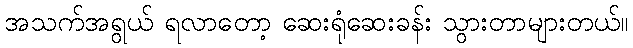
အသက်အရွယ် ရလာတော့ ဆေးရုံဆေးခန်း သွားတာများတယ်။